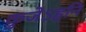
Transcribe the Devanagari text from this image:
कुजेऽहनि